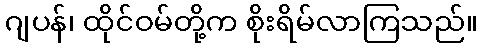
ဂျပန်၊ ထိုင်ဝမ်တို့က စိုးရိမ်လာကြသည်။